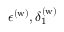
\epsilon ^ { ( \mathrm { w } ) } , \delta _ { 1 } ^ { ( \mathrm { w } ) }